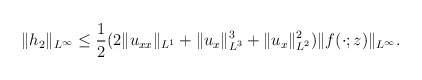
\begin{align*}\begin{aligned}\|h_{2 }\|_{L^\infty} \leq\frac{1}{2}(2\|u_{xx}\|_{L^1}+\|u_x\|^3_{L^3}+\|u_x\|^2_{L^2})\|f(\cdot; z)\|_{L^{\infty}}.\end{aligned}\end{align*}